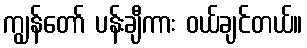
ကျွန်တော် ပန်းချီကား ဝယ်ချင်တယ်။